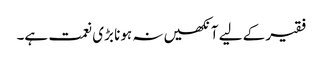
فقیر کے لیے آنکھیں نہ ہونا بڑی نعمت ہے۔